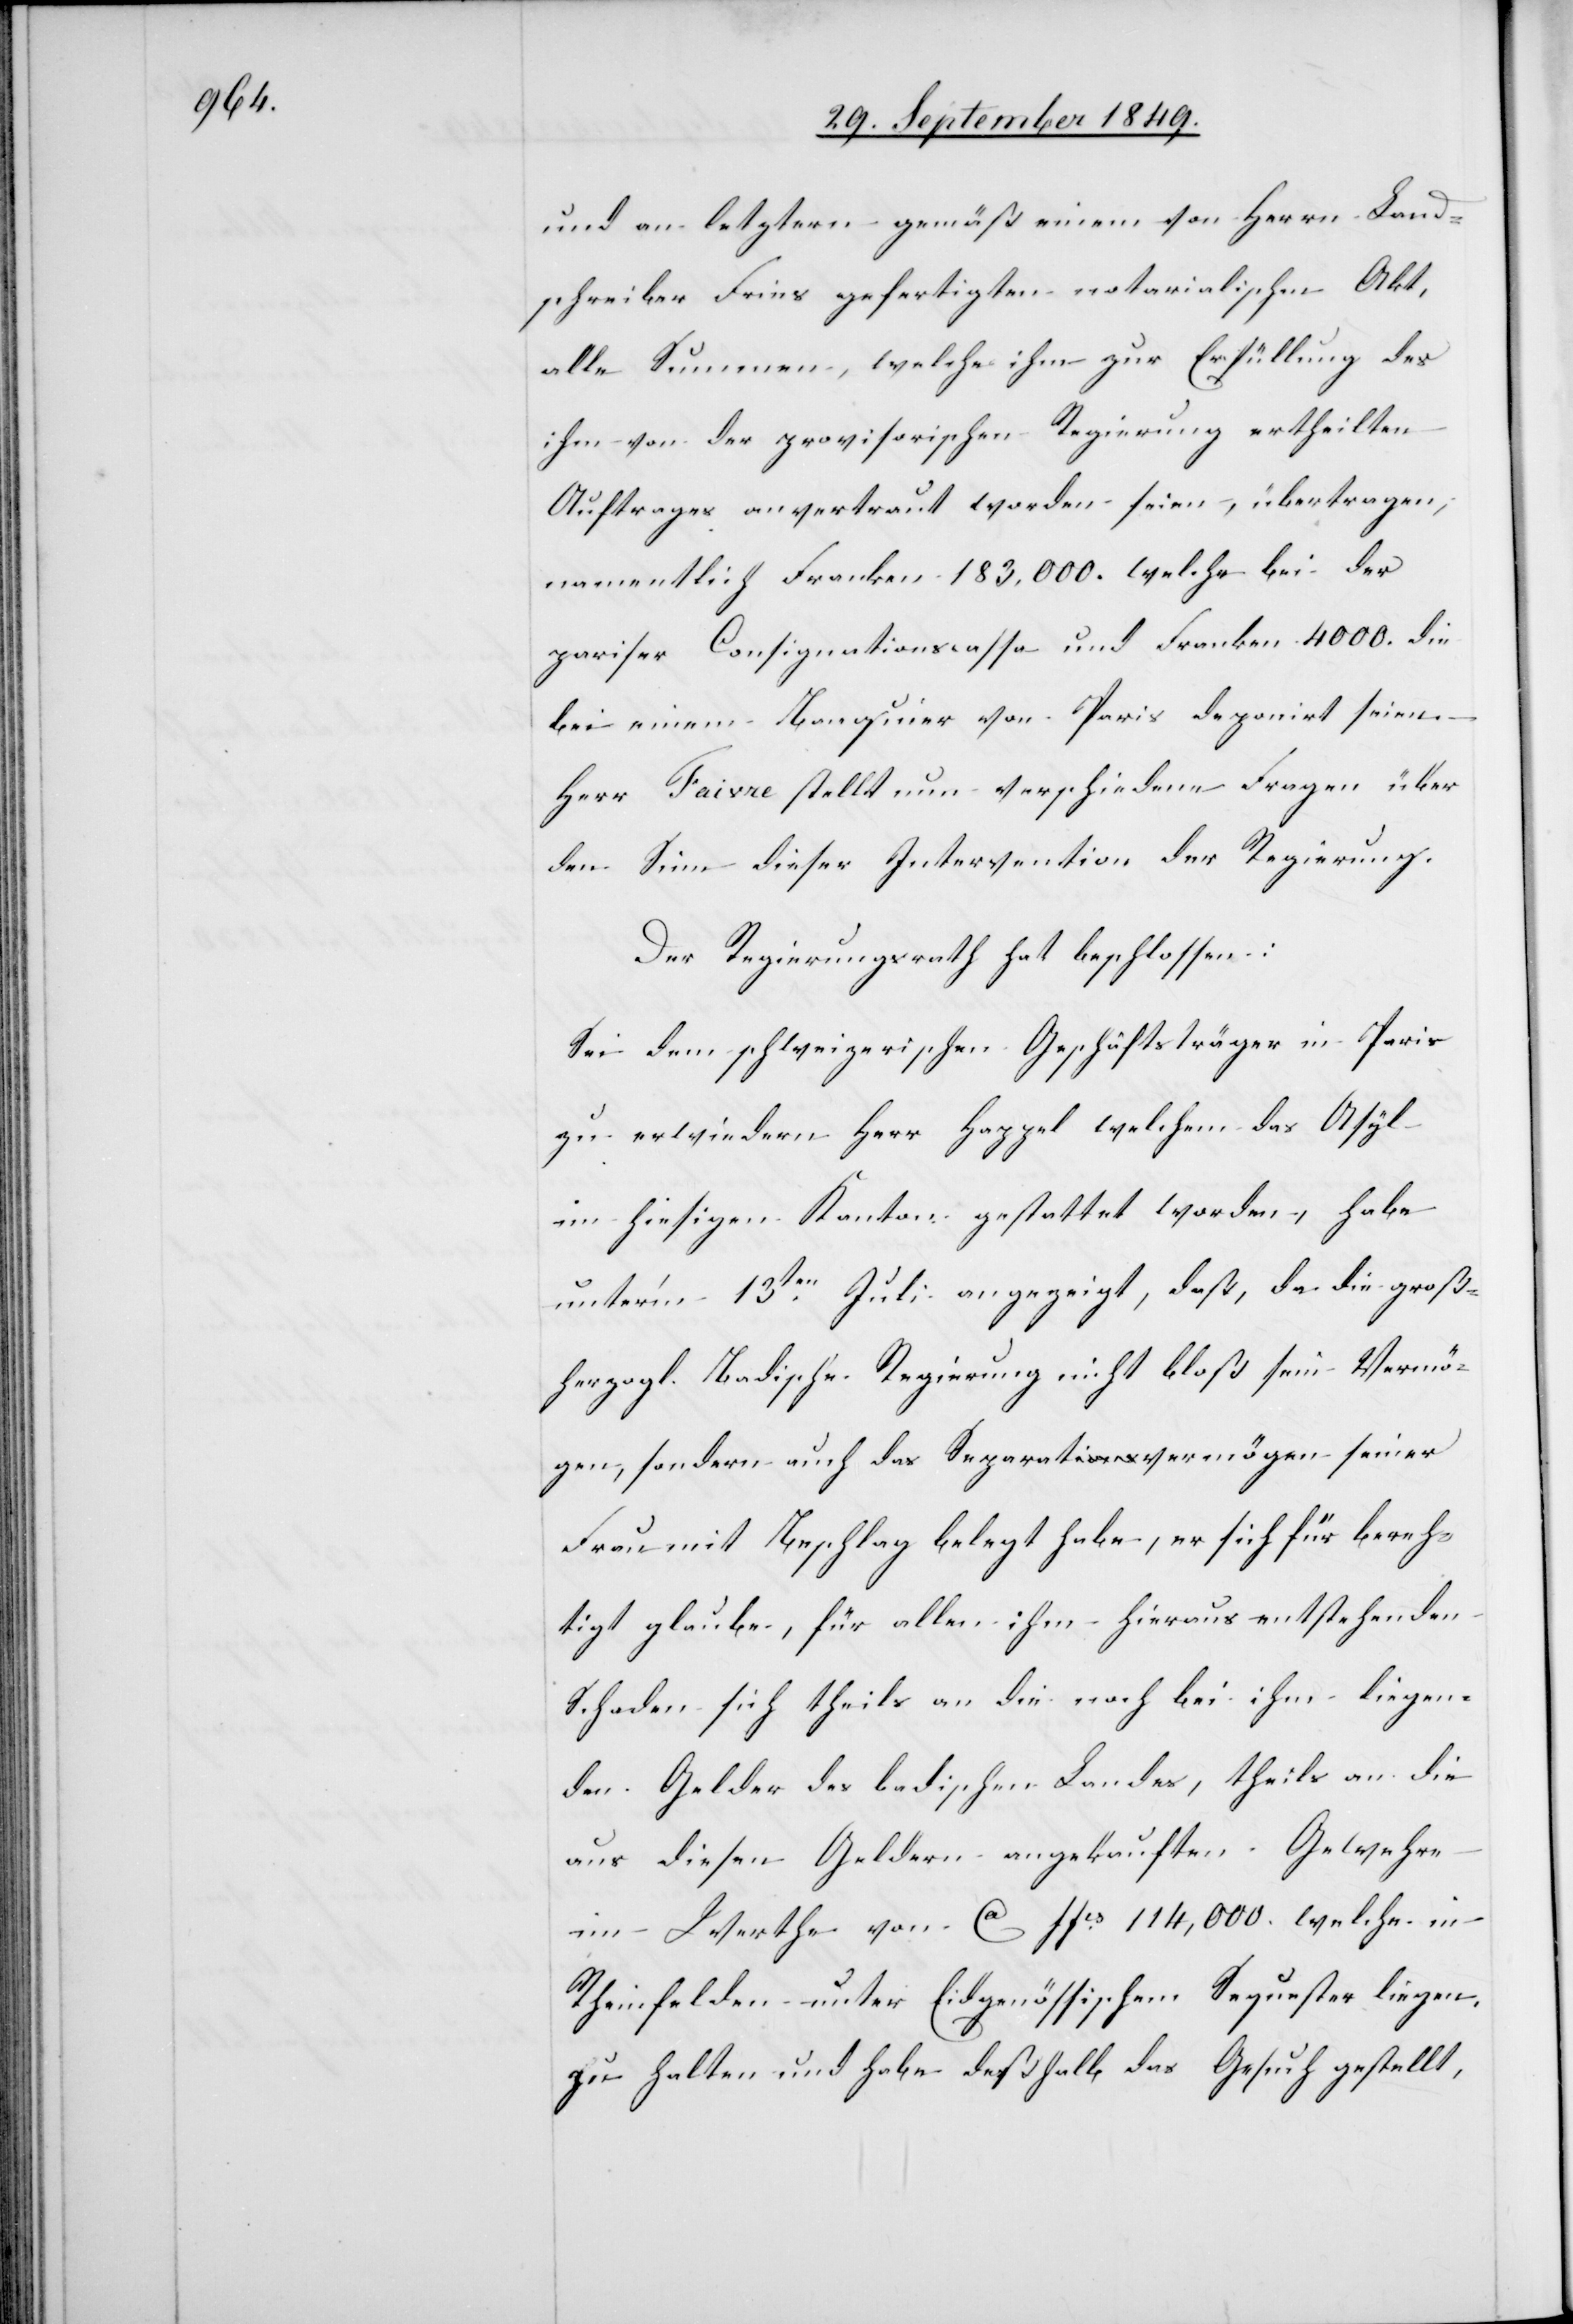
und an letztern gemäß einem von Herrn Land¬
schreiber Fries gefertigten notarialischen Akt,
alle Summen, welche ihm zur Erfüllung des
ihm von der provisorischen Regierung ertheilten
Auftrages anvertraut worden seien, übertragen,
namentlich Franken 183,000. welche bei der
pariser Consignationscassa und Franken 4 000. die
bei einem Banquier von Paris deponirt seien
Herr Faivre stellt nun verschiedene Fragen über
den Sinn dieser Intervention der Regierung.
Der Regierungsrath hat beschlossen:
Sei dem schweizerischen Geschäftsträger in Paris
zu erwiedern Herr Happel welchem das Asyl
im hiesigen Kanton gestattet worden, habe
unter’m 13ten Juli angezeigt, daß, da die groß¬
herzogl. Badische Regierung nicht bloß sein Vermö¬
gen, sondern auch das Separatvermögen seiner
Frau mit Beschlag belegt habe, er sich für berech¬
tigt glaube, für allem ihm hieraus entstehenden
Schaden sich theils an die noch bei ihm liegen¬
den Gelder des badischen Landes, theils an die
aus diesen Geldern angekauften Gewehre
im Werthe von ca ffcs 114,000. welche in
Rheinfelden unter Eidgenössischem Sequester liegen,
zu halten und habe deßhalb das Gesuch gestellt,